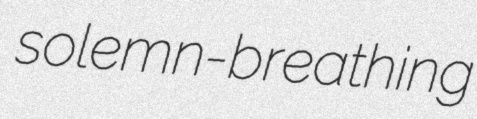
solemn-breathing